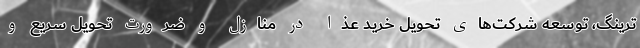
ترینگ، توسعه شرکت‌های تحویل خرید عذا در منازل و ضرورت تحویل سریع و